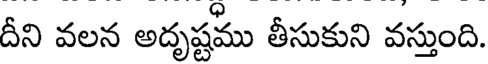
దీని వలన అదృష్టము తీసుకుని వస్తుంది.